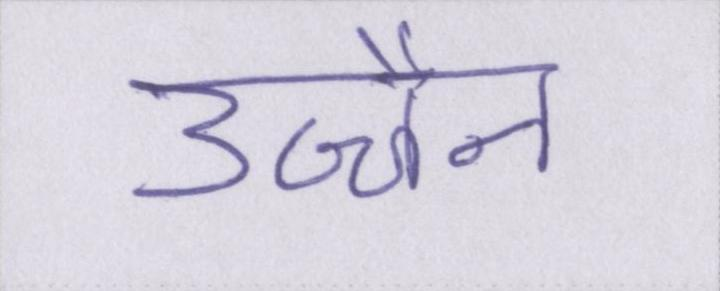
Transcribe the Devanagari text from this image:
उज्जैन